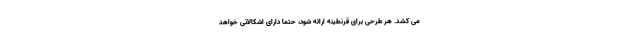
می کُشد. هر طرحی برای قرنطینه ارائه شود، حتماً دارای اشکالاتی خواهد